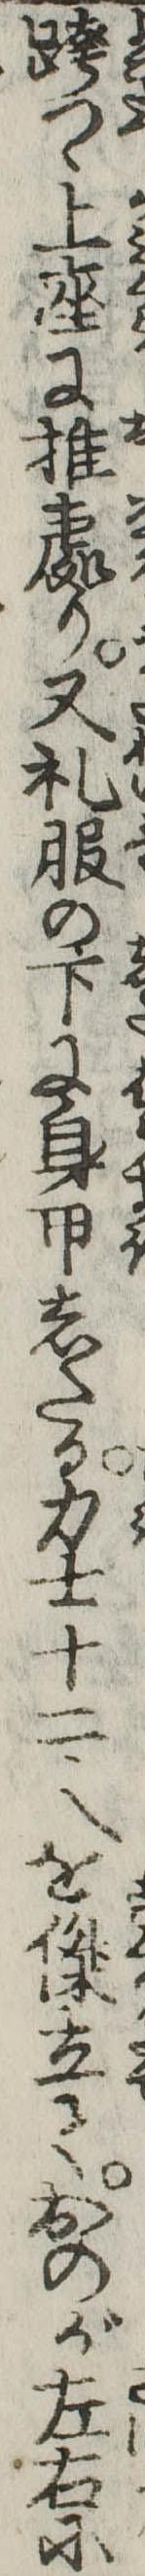
跨つゝ上座に推処り又礼服の下に身甲したる力士十二人を傑立ておのが左右に